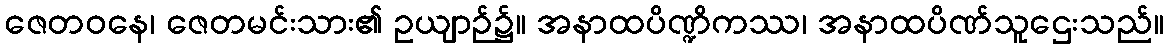
ဇေတဝနေ၊ ဇေတမင်းသား၏ ဥယျာဉ်၌။ အနာထပိဏ္ဍိကဿ၊ အနာထပိဏ်သူဌေးသည်။